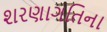
શરણાગતિના